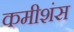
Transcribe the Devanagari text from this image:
कमीशंस